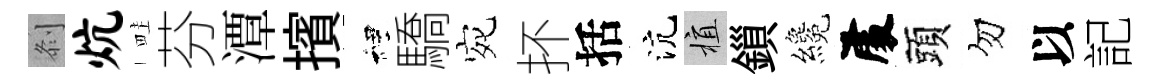
𠛴炕畦芬潭擯裡驕宛抔括沆植鎻纔𠁅頭勿以記